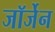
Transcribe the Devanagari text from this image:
जॉर्जेन